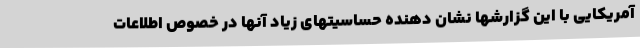
آمریکایی با این گزارشها نشان دهنده حساسیتهای زیاد آنها در خصوص اطلاعات